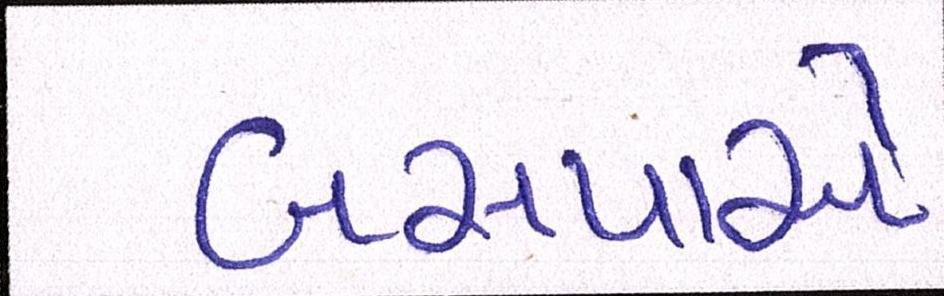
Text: બસપાએ